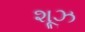
શૂઝ